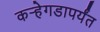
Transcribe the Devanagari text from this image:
कर्‍हेगडापर्यंत